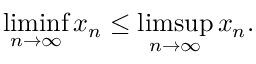
\operatorname* { l i m i n f } _ { n \to \infty } x _ { n } \leq \operatorname* { l i m s u p } _ { n \to \infty } x _ { n } .